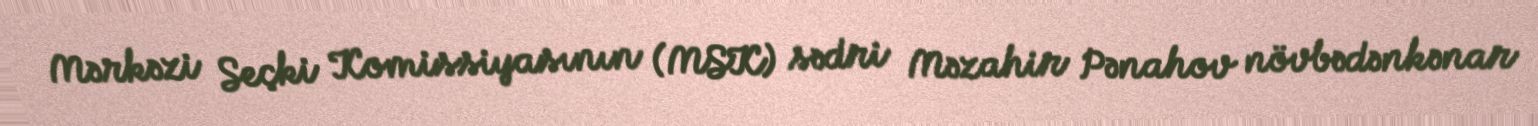
Mərkəzi Seçki Komissiyasının (MSK) sədri Məzahir Pənahov növbədənkənar